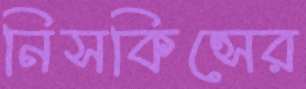
নিসকিন্সের